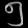
Digit: ၅